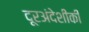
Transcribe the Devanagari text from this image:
दूरअंदेशीकी